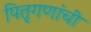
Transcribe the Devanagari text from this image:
पितृगणांची